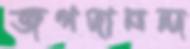
জগদানন্দ